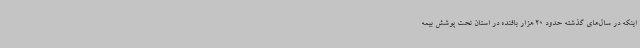
اینکه در سال‌های گذشته حدود 20 هزار بافنده در استان تحت پوشش بیمه